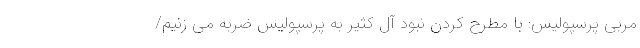
مربی پرسپولیس: با مطرح کردن نبود آل کثیر به پرسپولیس ضربه می زنیم/